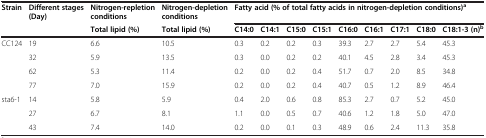
| <ROWSPAN=2> Strain | <ROWSPAN=2> Different stages (Day) | Nitrogen-repletion conditions | Nitrogen-depletion conditions | <COLSPAN=9> Fatty acid (% of total fatty acids in nitrogen-depletion conditions)a |
 | Total lipid (%) | Total lipid (%) | C14:0 | C14:1 | C15:0 | C15:1 | C16:0 | C16:1 | C17:1 | C18:0 | C18:1-3 (n)b |
 | --- | --- | --- | --- | --- | --- | --- | --- | --- | --- | --- | --- | --- |
 | <ROWSPAN=4> CC124 | 19 | 6.6 | 10.5 | 0.3 | 0.2 | 0.2 | 0.3 | 39.3 | 2.7 | 2.7 | 5.4 | 45.3 |
 | 32 | 5.9 | 13.5 | 0.3 | 0.0 | 0.2 | 0.2 | 40.1 | 4.5 | 2.8 | 3.4 | 45.3 |
 | 62 | 5.3 | 11.4 | 0.2 | 0.0 | 0.2 | 0.4 | 51.7 | 0.7 | 2.0 | 8.5 | 34.8 |
 | 77 | 7.0 | 15.9 | 0.2 | 0.0 | 0.2 | 0.4 | 40.7 | 0.5 | 1.2 | 8.9 | 46.4 |
 | <ROWSPAN=3> sta6-1 | 14 | 5.8 | 5.9 | 0.4 | 2.0 | 0.6 | 0.8 | 85.3 | 2.7 | 0.7 | 5.2 | 45.0 |
 | 27 | 6.7 | 8.1 | 1.1 | 0.0 | 0.5 | 0.7 | 40.6 | 1.2 | 1.8 | 5.0 | 47.0 |
 | 43 | 7.4 | 14.0 | 0.2 | 0.0 | 0.1 | 0.3 | 48.9 | 0.6 | 2.4 | 11.3 | 35.8 |